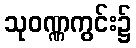
သုဝဏ္ဏကွင်း၌